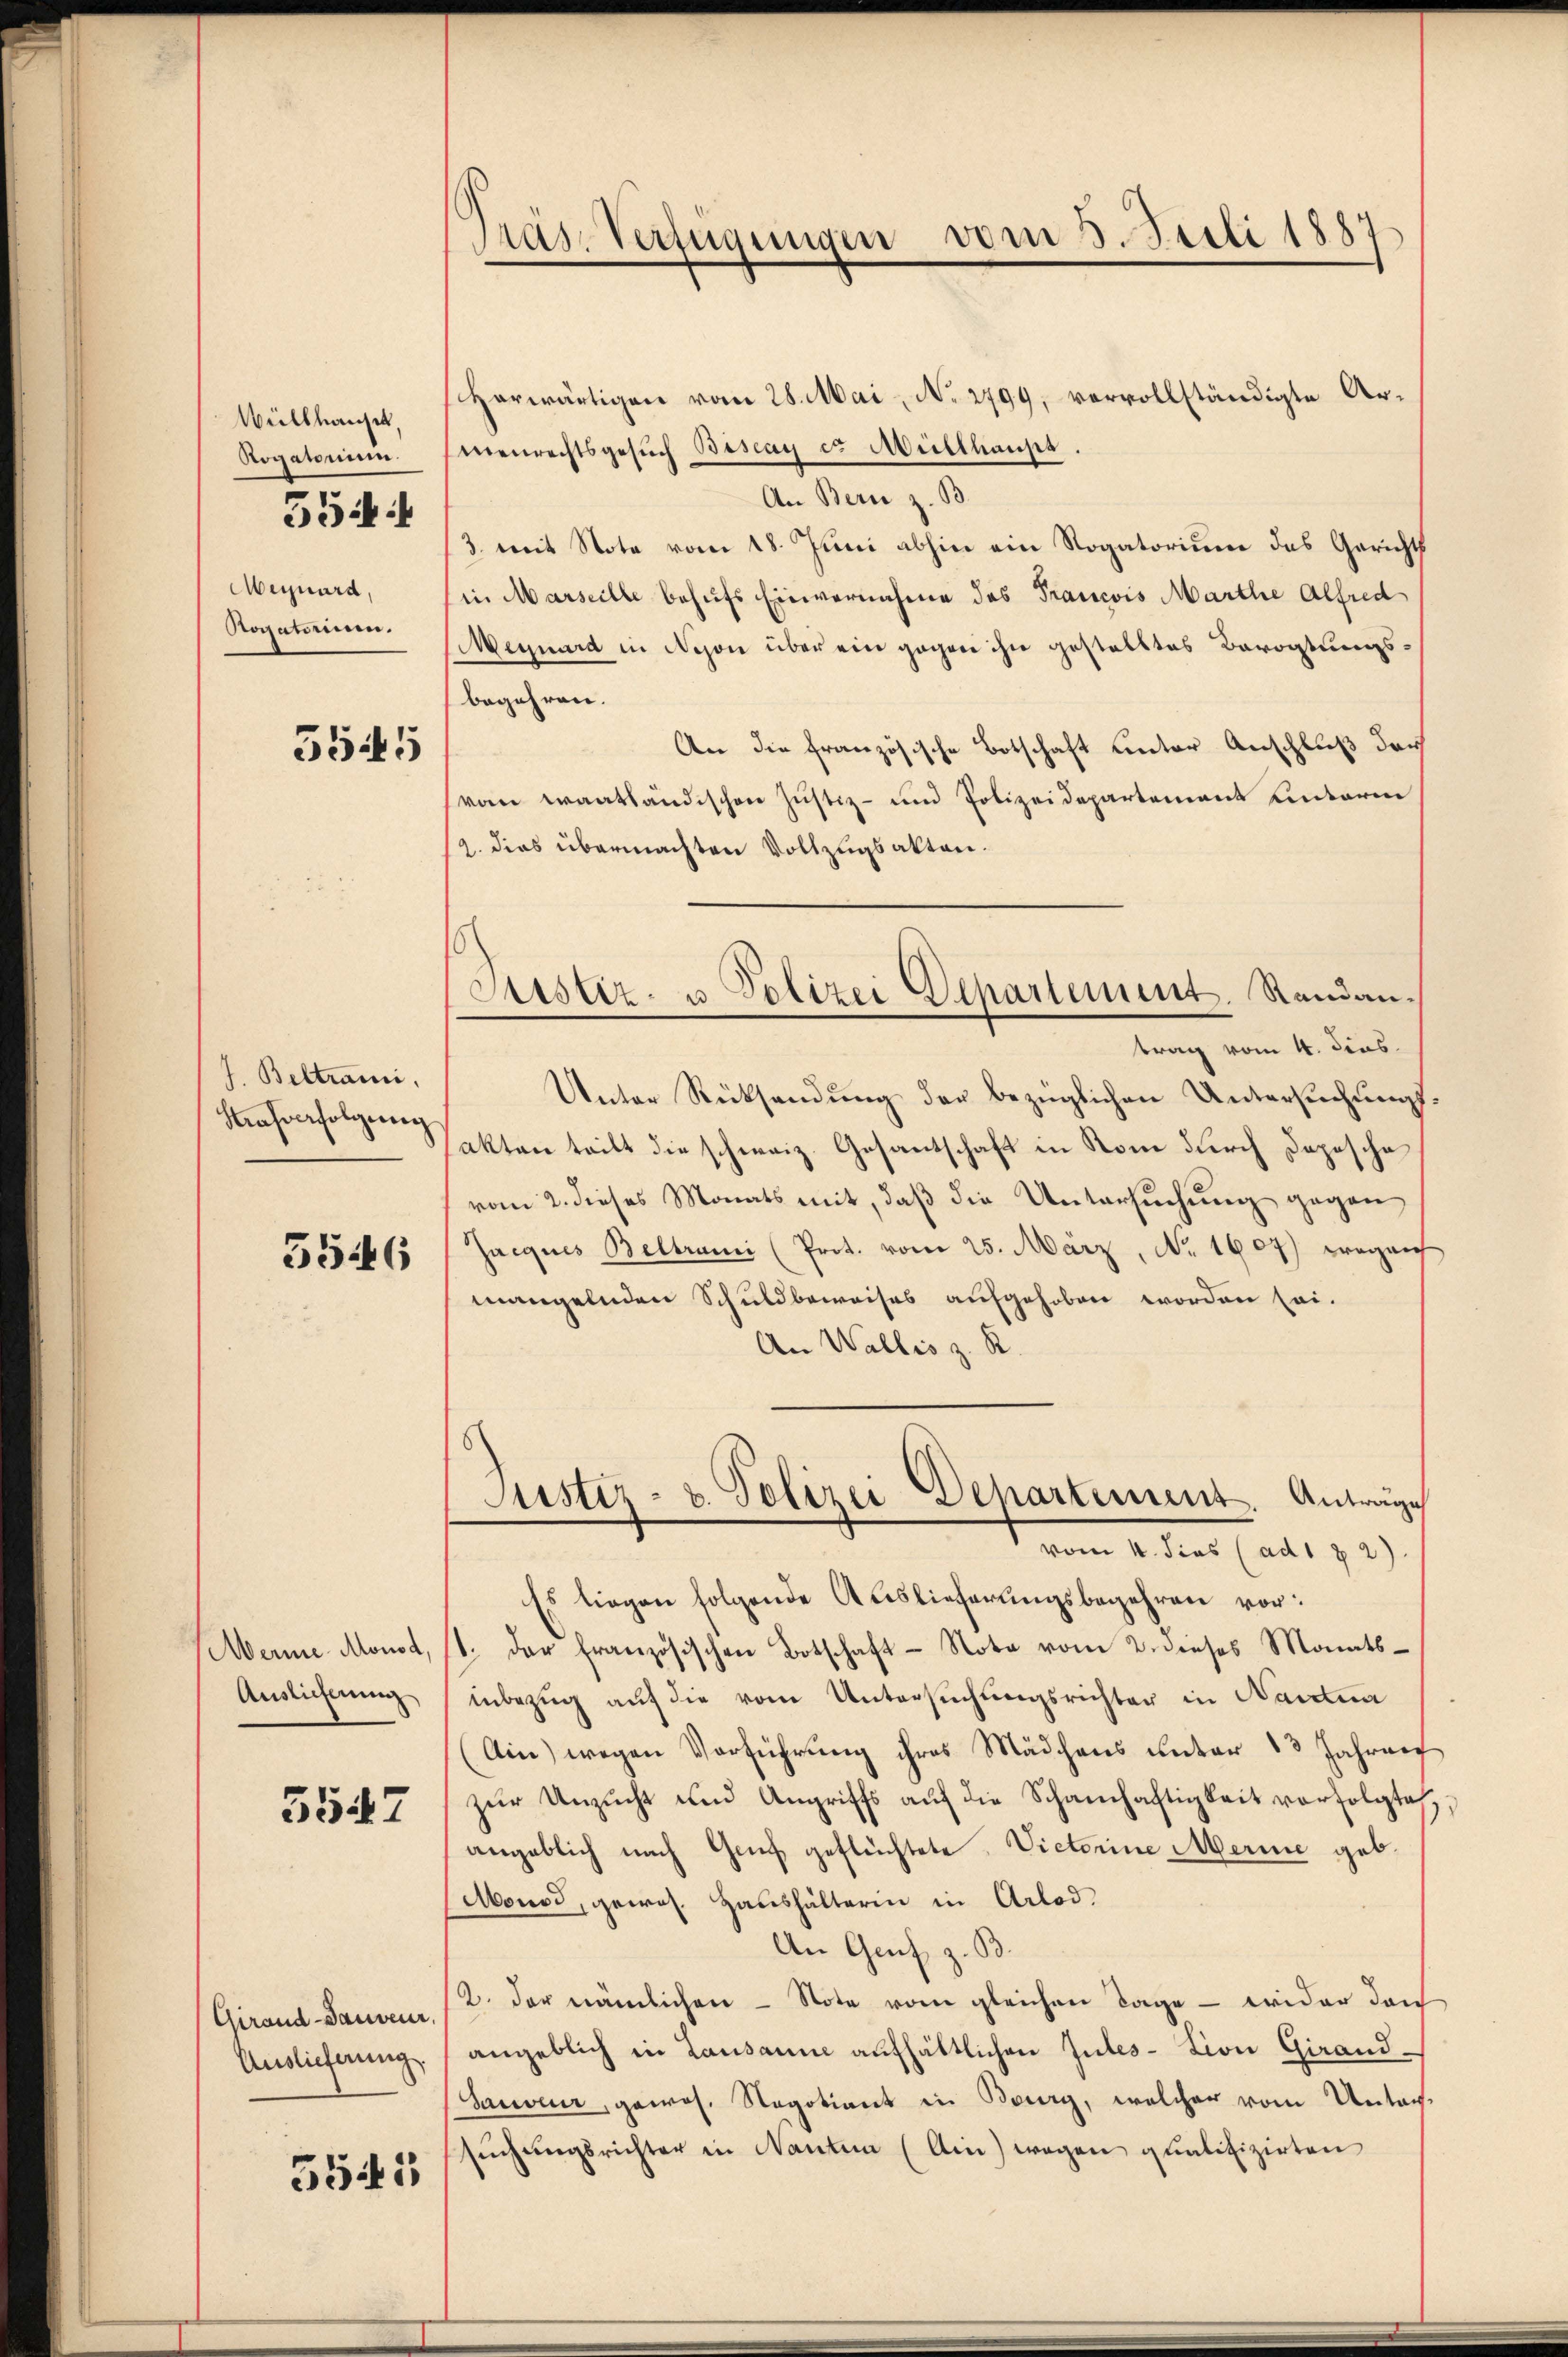
Wüllhausen,
Rogatorum.
Aequard,
Rogatorium.

554:

5545

J. Beltrami,
Hrafverfolgung

5546

Merme Monod,
Auslieferung

3547

Girand-Dauveur,
Auslieferung.

554:

Pras-Verfügungen vom 3. Juli 1887

Herwärtigen vom 28. Mai, No 2799, vervollständigte Armenrechtsgesuch Bestag es Müllhauss
An Bern z. B.
3. mit Note vom 18. Juni abhin ein Rogatorium das Gerichts
in Marseille behufs Einvernahme des Francois Marthe Alfred
Megnard in Nejon über ein gegen ihn gestelltes Bevogtungs-
begehren.
An die französische Botschaft unter Anschluß durch
von waathändischen Justiz- und Polizeidepartement einterm
2. dies übermachten Vollzugsakten.
Unter Rücksendung der bezüglichen Untersuchungsakter teilt die schweiz. Gesantschaft in Rom durch Dopische
vom 2. dieses Monats mit, daß die Untersuchung gegen
Jacquis Beltrani (Prot. vom 25. März, No. 1607) wegen
mangelnden Schuldbeweises aufgehoben worden sei.
An Wallis z. R.
Justiz- & Polizei Departement. Antrage
vom 1. dies (ad 1 § 2).
Es liegen folgende Auslieferungsbegehren vor:
1. der französischen Botschaft - Nota vom 2. dieses Monatsinbezug auf die vom Untersuchungsrichter in Nautna
(Ain wegen Verführung ihres Mädchens unter 13 Jahren
zŭr Unzŭcht und Angriffs aŭf die Schamhaftigkeit vorfolgte,
angeblich nach Genf geflüchtete, Victorine Merine geb.
Monod, gewos. Haushälterin in Arlod¬
An Genf z. B.
2. der nämlichen - Note vom gleichen Tage — wider den
angeblich in Lausanne aufhältlichen Intes- Lion Girand¬
Sauoer, gewos. Negotions in Bourg, welcher vom Untersuchungsrichter in Nanten (Ain) wegen qualifizirten

Justiz- u. Polizei Departement. Randantrag vom 4. dies